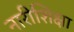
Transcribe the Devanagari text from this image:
नारीशिक्षा